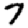
Digit: 7